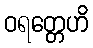
ဝရတ္တေဟိ